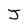
Character: J